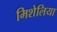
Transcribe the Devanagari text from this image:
मिशेलिया